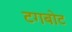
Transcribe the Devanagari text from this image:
टगबोट